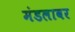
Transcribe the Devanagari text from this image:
मंडलावर